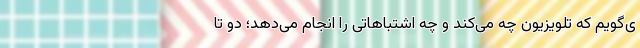
ی‌گویم که تلویزیون چه می‌کند و چه اشتباهاتی را انجام می‌دهد؛ دو تا